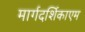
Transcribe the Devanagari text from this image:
मार्गदर्शिकाएम